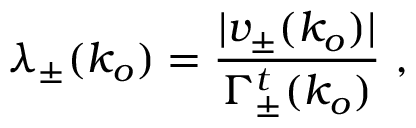
\lambda _ { \pm } ( k _ { o } ) = \frac { | v _ { \pm } ( k _ { o } ) | } { \Gamma _ { \pm } ^ { t } ( k _ { o } ) } ~ ,